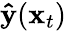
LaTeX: \mathbf{\hat{y}}(\mathbf{x}_{t})